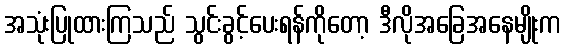
အသုံးပြုထားကြသည် သွင်းခွင့်ပေးရန်ကိုတော့ ဒီလိုအခြေအနေမျိုးက